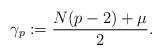
LaTeX: \begin{align*}\gamma_p:=\frac{N(p-2)+\mu}{2}.\end{align*}